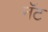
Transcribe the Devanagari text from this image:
नॅट